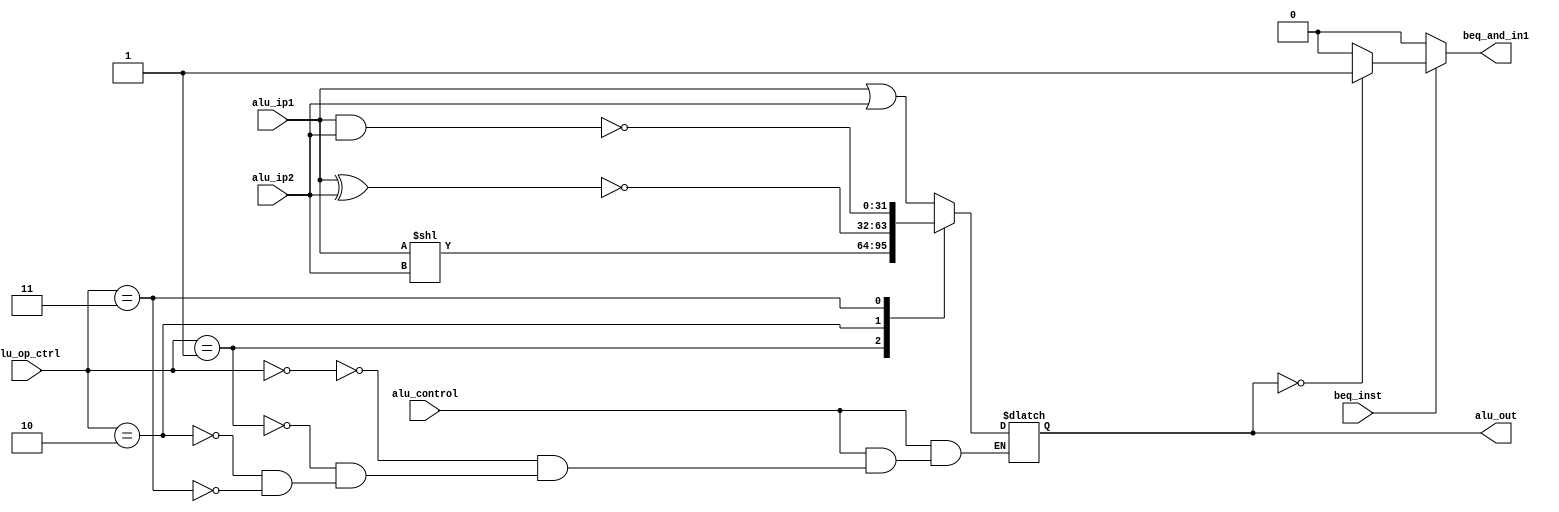
module ALU(output reg signed [31:0] alu_out,
 output reg beq_and_in1, 
 input signed [31:0] alu_ip1,alu_ip2, 
 input [4:0] alu_op_ctrl, 
 input alu_control,beq_inst);

/* alu control signals : 0000 - OR
                       : 0001 - SHIFT
                       : 0010 - XNOR
                       : 0011 - NAND
                       : 0100 - SUB
                       : 0101 - ADD
                       : 0110 - NOT EQUAL*/
always @(*)
begin
  if(alu_control)
    begin
case(alu_op_ctrl)
  2'd0 : alu_out =  alu_ip1 | alu_ip2;
  2'd1 : alu_out =  alu_ip1 << alu_ip2;
  2'd2 : alu_out =  ~(alu_ip1 ^ alu_ip2);
  2'd3 : alu_out =  ~(alu_ip1 & alu_ip2);
  2'd4 : alu_out =  alu_ip1 - alu_ip2;
  2'd5 : alu_out =  alu_ip1 + alu_ip2;
  default: $display("INVALID INSTRUCTION");
endcase					   
end
 
else
   alu_out = 32'bX;
end

always@(alu_out,beq_inst)
begin
if(beq_inst)
begin
if(alu_out==0)
beq_and_in1 = 1'b1;
else
beq_and_in1 = 1'b0;
end
else
beq_and_in1 = 1'b0;
end
endmodule